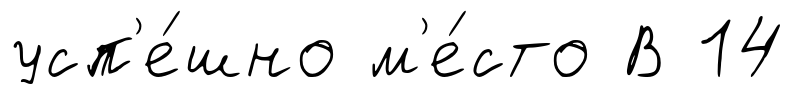
усп'е́шно м'е́сто В 14